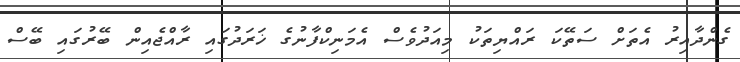
ގެންދާއިރު އެތަށް ސަތޭކަ ރައްޔިތަކު މިއަދުވެސް އެމަނިކްފާނުގެ ޚަރަދުގައި ރާއްޖެއިން ބޭރުގައި ބޭސް